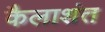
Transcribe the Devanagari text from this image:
कैलाशंत